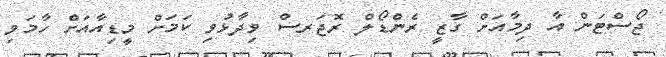
ޖޯސްޓަން އާ ދިމާއަށް ގާޒީ ރެންޑޯލް ރޮޖަރސް ވިދާޅުވި ކަމަށް މީޑިއާއަށް ހާމަވި